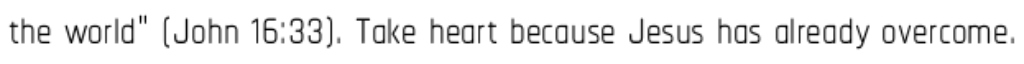
the world" (John 16:33). Take heart because Jesus has already overcome.